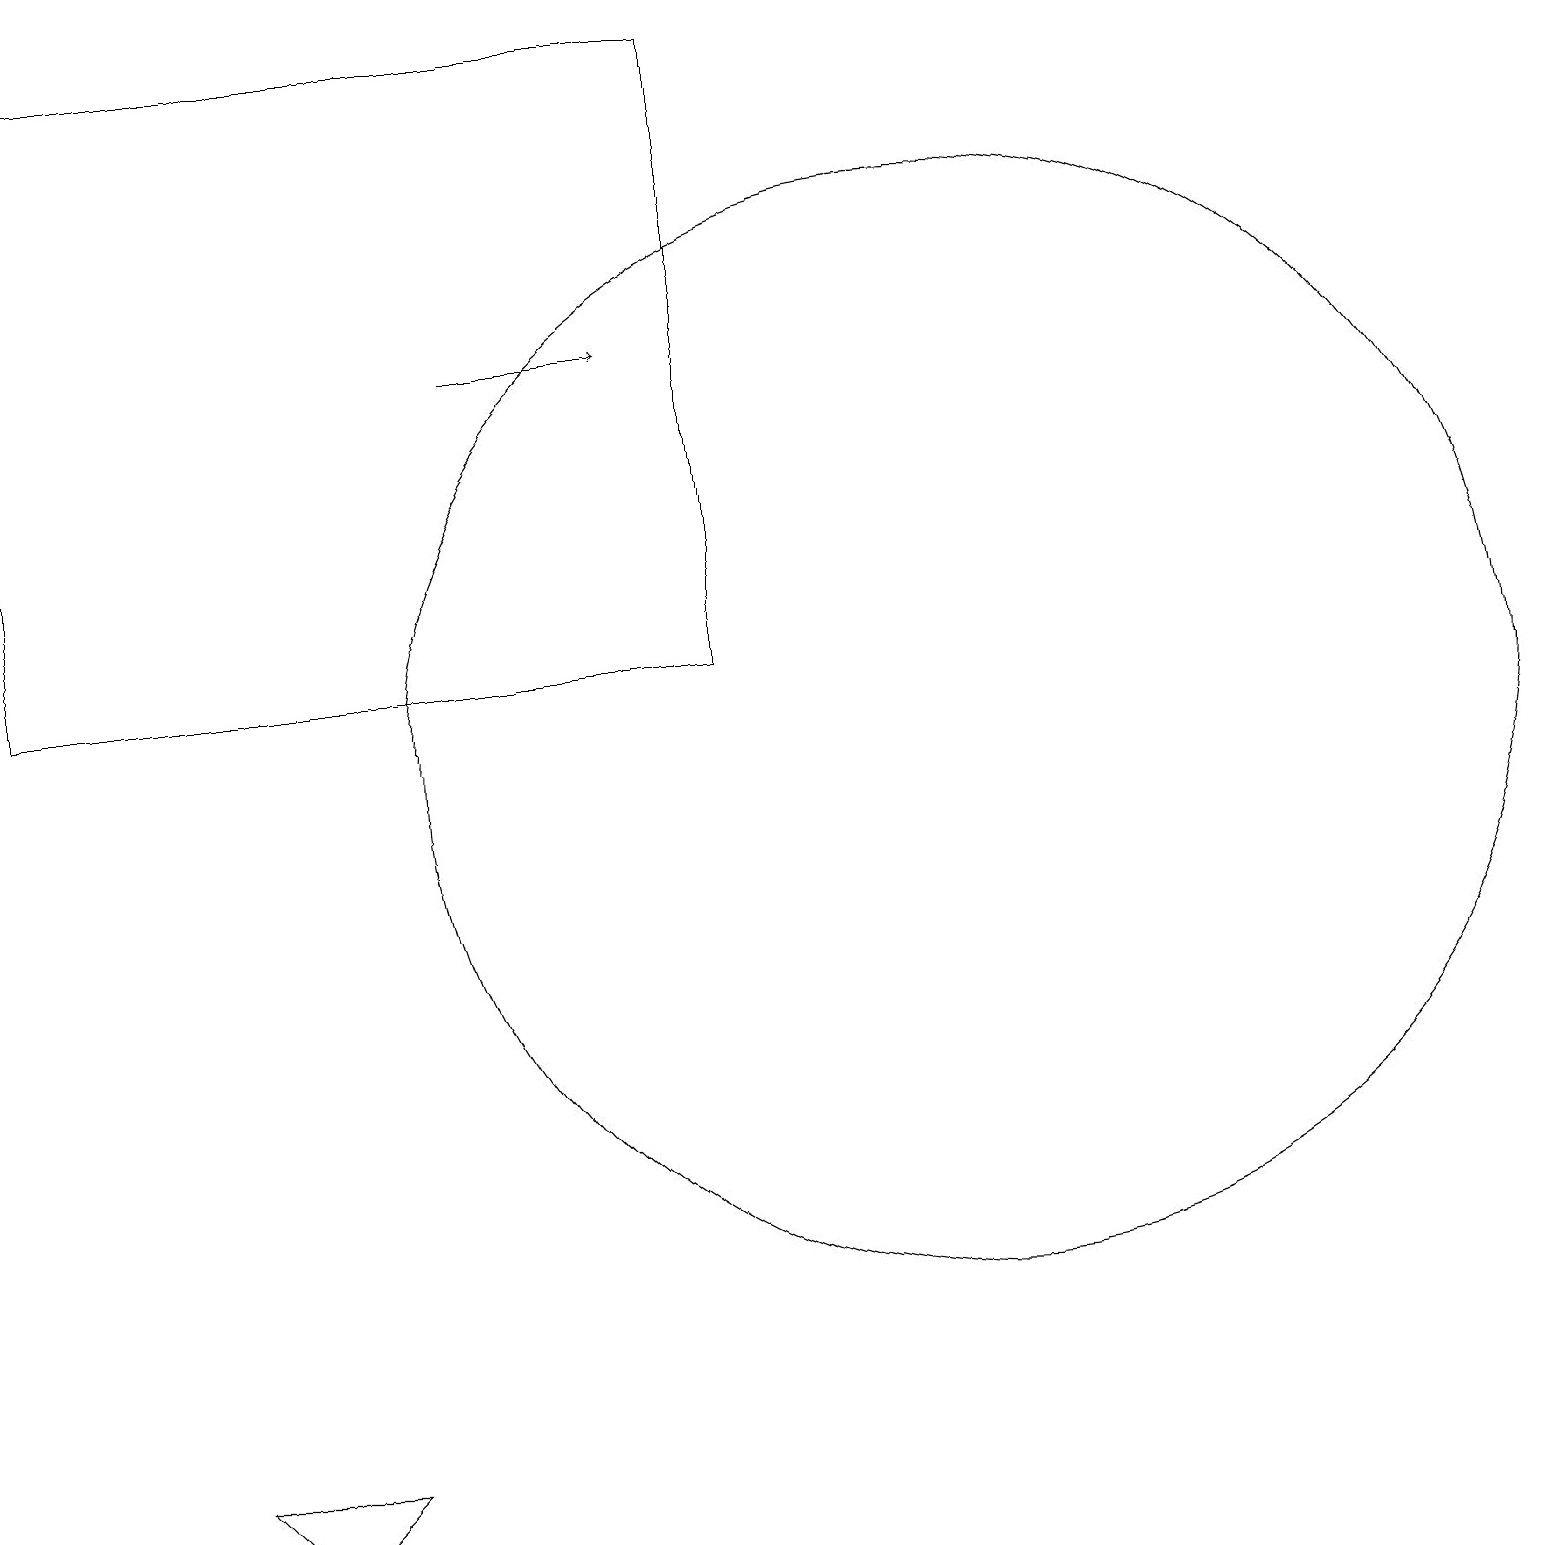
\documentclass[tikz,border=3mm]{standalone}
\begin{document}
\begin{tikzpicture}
\draw[->] (6,15) -- (8,15);
\draw (12,10) circle (7);
\draw (9,19) rectangle (0,11);
\draw (3,0) -- (4,1) -- (2,1) -- cycle;
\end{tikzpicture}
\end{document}